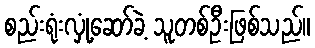
စည်းရုံးလှုံ့ဆော်ခဲ့ သူတစ်ဦးဖြစ်သည်။